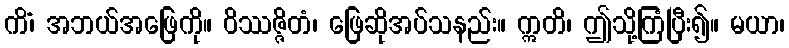
ကိံ၊ အဘယ်အဖြေကို။ ဝိဿဇ္ဇိတံ၊ ဖြေဆိုအပ်သနည်း။ ဣတိ၊ ဤသို့ကြံပြီး၍။ မယာ၊